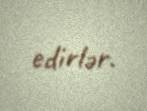
edirlər.